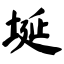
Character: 埏